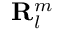
\mathbf { R } _ { l } ^ { m }